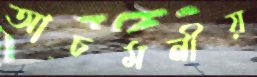
আচমনীয়